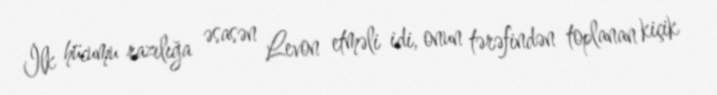
İlk hücumu razılığa əsasən Levon etməli idi, onun tərəfindən toplanan kiçik